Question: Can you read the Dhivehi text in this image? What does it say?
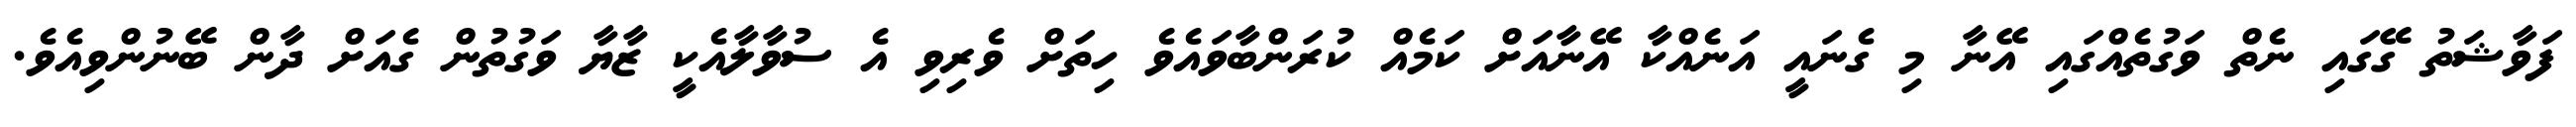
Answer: ފަވާޝަތު ގޭގައި ނެތް ވަގުތެއްގައި އޭނާ މި ގެނައީ އަނެއްކާ އޭނާއަށް ކަމެއް ކުރަންބާވައެވެ ހިތަށް ވެރިވި އެ ސުވާލާއެކީ ޒާޔާ ވަގުތުން ގެއަށް ދާން ބޭނުންވިއެވެ.